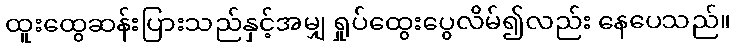
ထူးထွေဆန်းပြားသည်နှင့်အမျှ ရှုပ်ထွေးပွေလိမ်၍လည်း နေပေသည်။